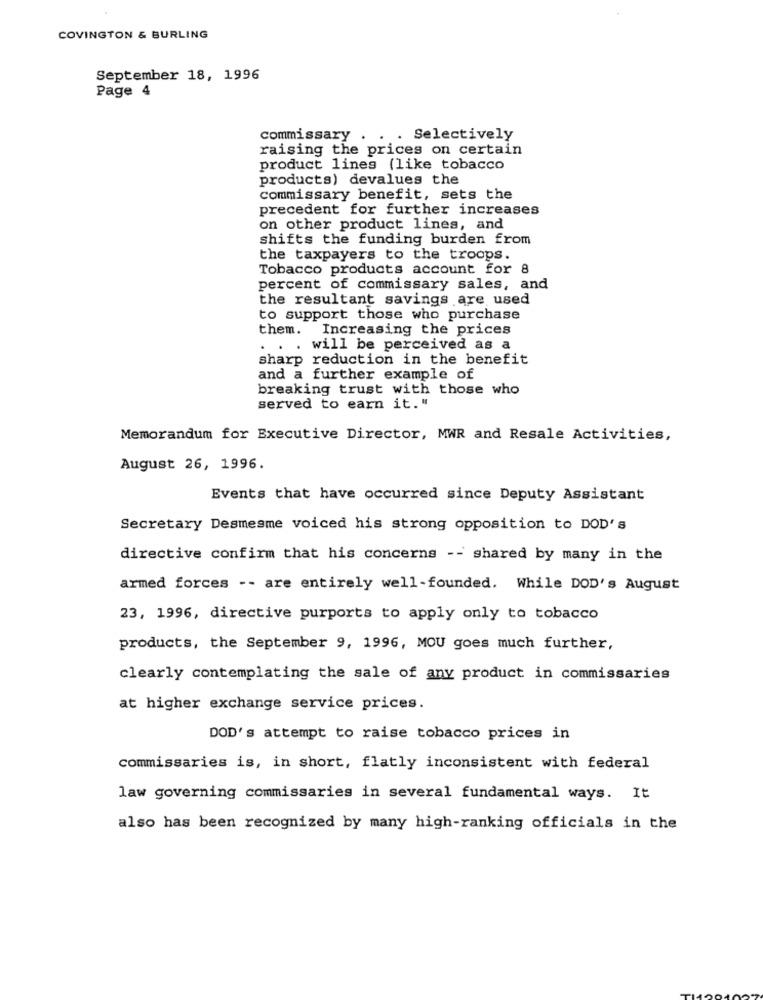
COVINGTON & BURLING
September 18, 1996
Page 4
commissary . . . Selectively
raising the prices on certain
product lines (like tobacco
products) devalues the
commissary benefit, sets the
precedent for further increases
on other product lines, and
shifts the funding burden from
the taxpayers to the troops.
Tobacco products account for 8
percent of commissary sales, and
the resultant savings are used
to support those who purchase
them.
Increasing the prices
. . . will be perceived as a
sharp reduction in the benefit
and a further example of
breaking trust with those who
served to earn it."
Memorandum for Executive Director, MWR and Resale Activities,
August 26, 1996.
Events that have occurred since Deputy Assistant
Secretary Desmesme voiced his strong opposition to DOD's
directive confirm that his concerns -- shared by many in the
armed forces -- are entirely well-founded. While DOD's August
23, 1996, directive purports to apply only to tobacco
products, the September 9, 1996, MOU goes much further,
clearly contemplating the sale of any product in commissaries
at higher exchange service prices.
DOD's attempt to raise tobacco prices in
commissaries is, in short, flatly inconsistent with federal
law governing commissaries in several fundamental ways. It
also has been recognized by many high-ranking officials in the